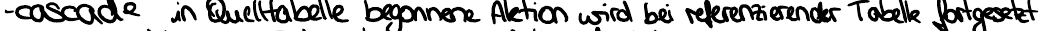
- cascade in Quelltabelle begonnene Aktion wird bei referenzierender Tabelle fortgesetzt